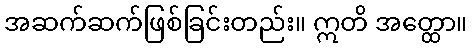
အဆက်ဆက်ဖြစ်ခြင်းတည်း။ ဣတိ အတ္ထော။